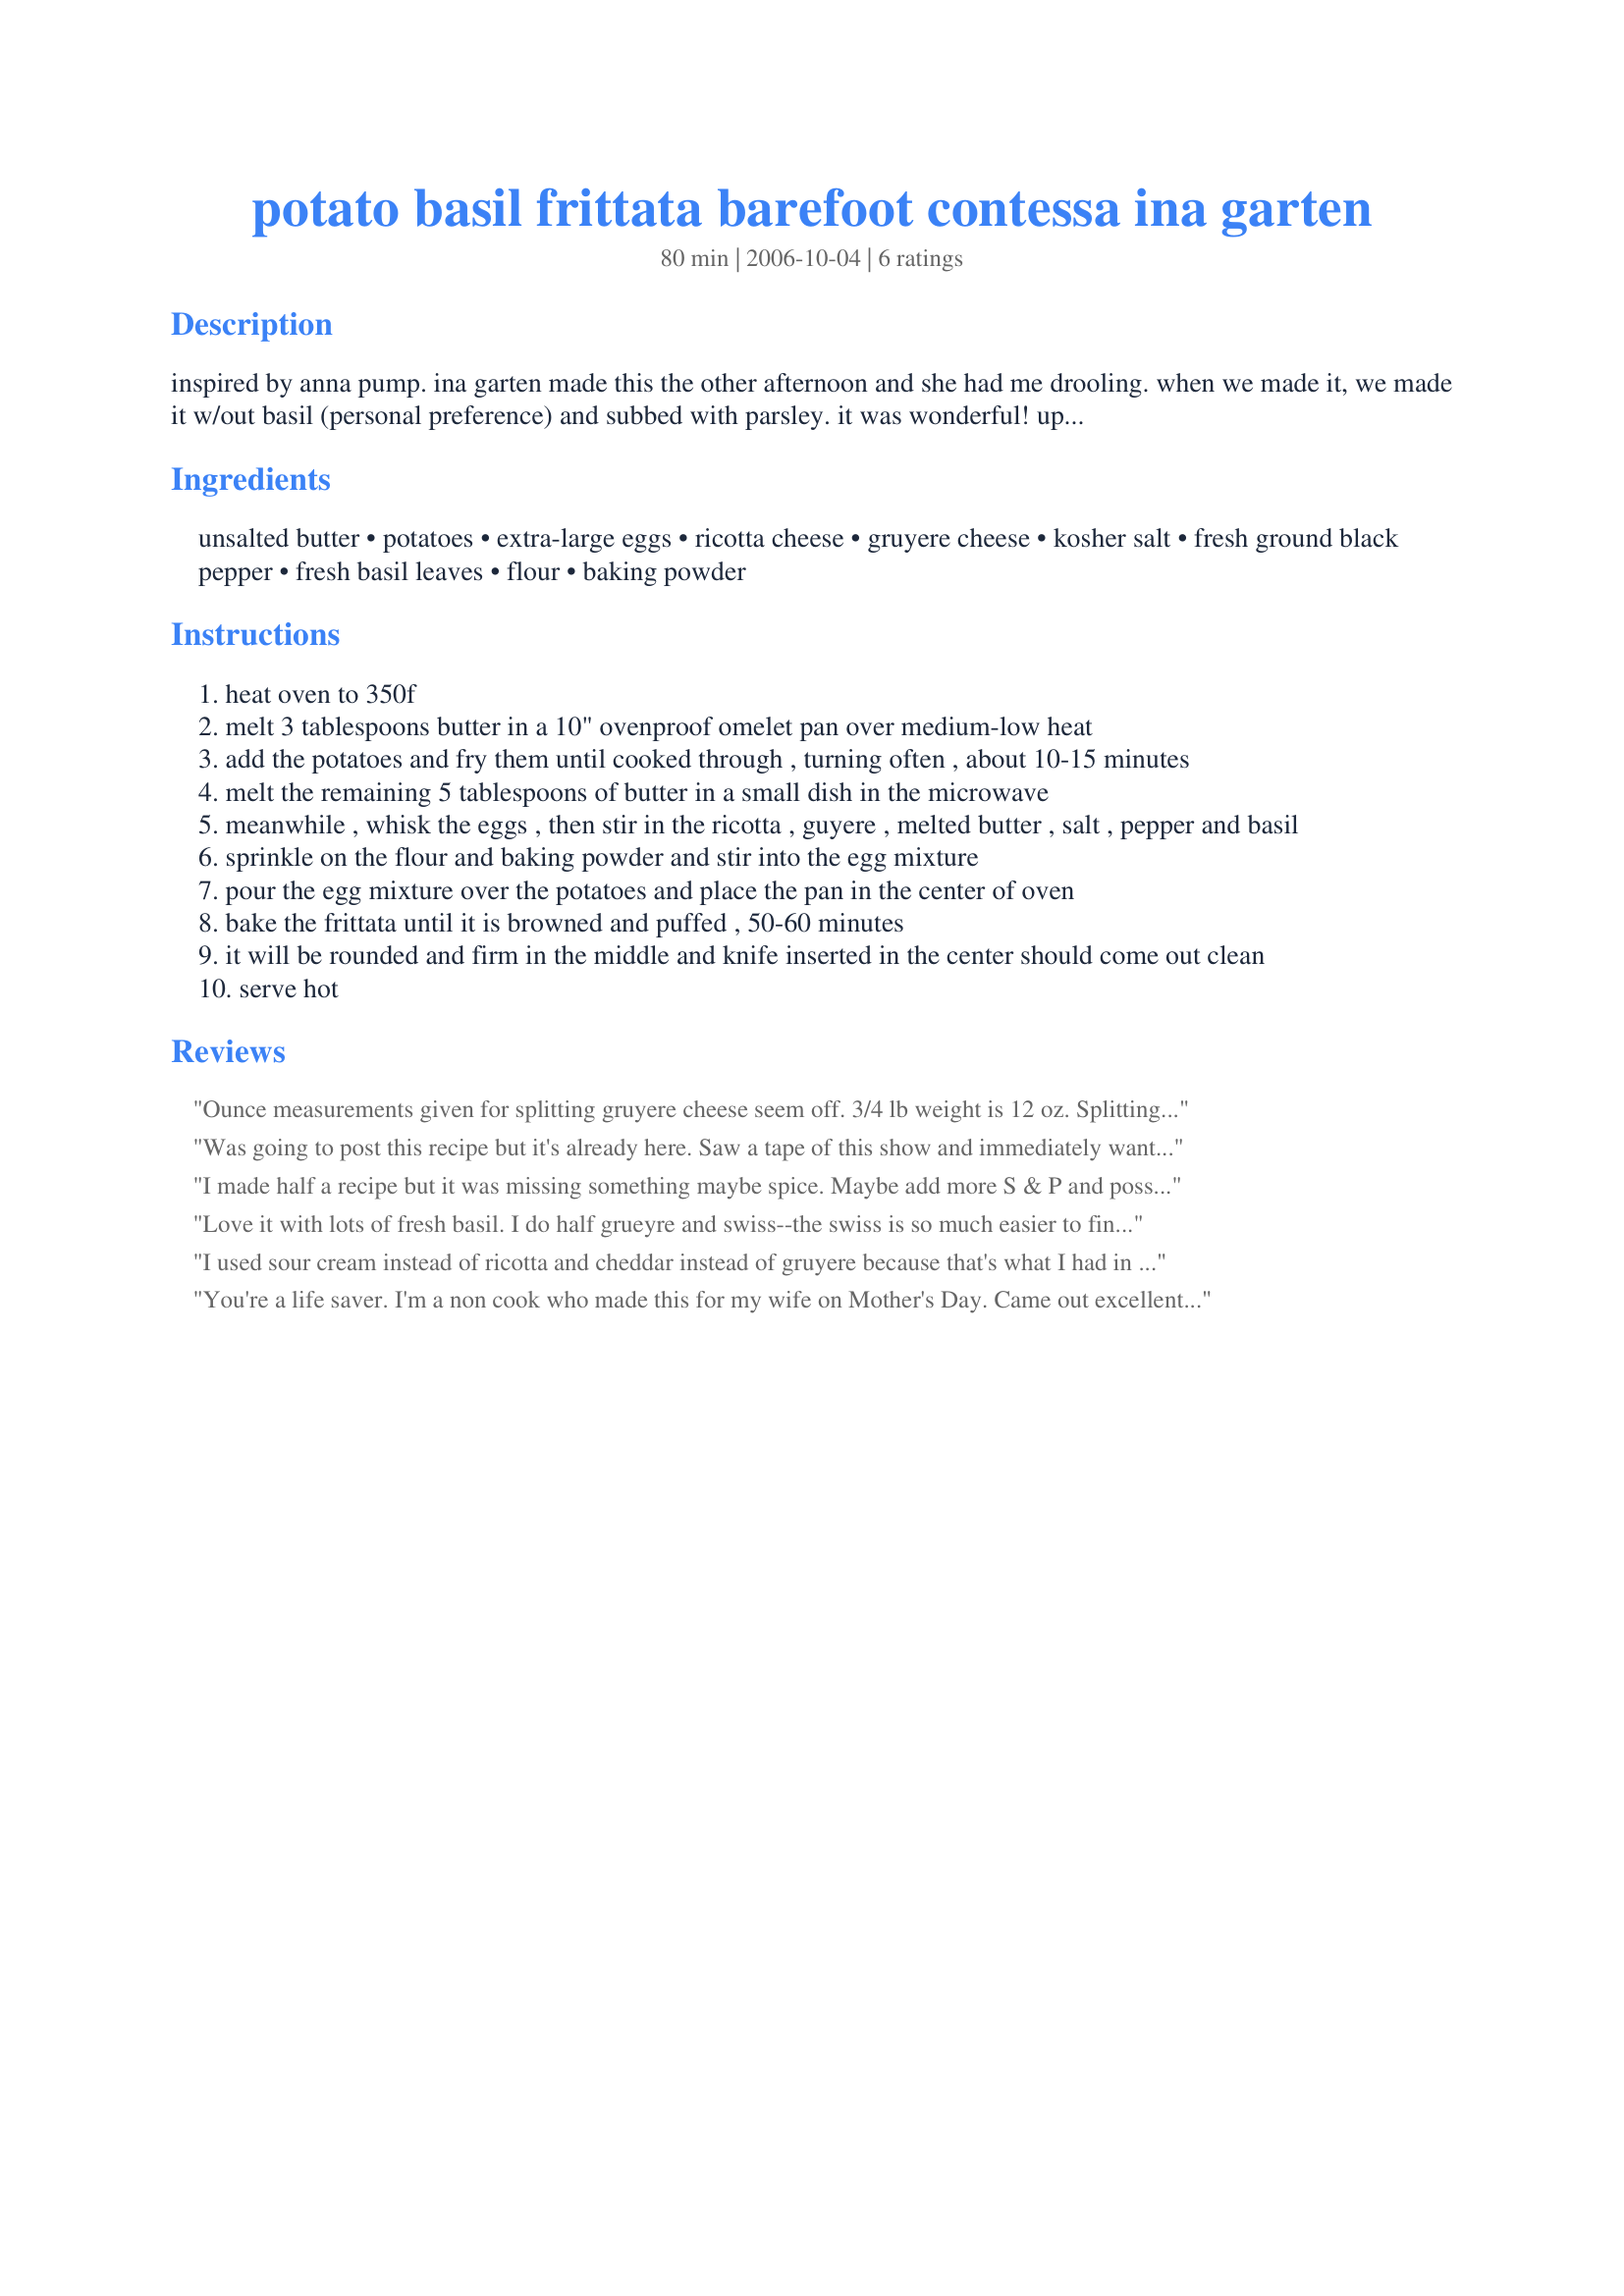
potato basil frittata barefoot contessa ina garten
Preparation time: 80 minutes

inspired by anna pump. ina garten made this the other afternoon and she had me drooling. when we made it, we made it w/out basil (personal preference) and subbed with parsley. it was wonderful! update - 06/28/09: have been meaning to add this for quite some time - since i am not a basil lover i have been experimenting because i felt it needed something too! i added 5 oz of cottage cheese and 12 oz of ricotta, & added crushed red pepper flakes, to taste and it made it very good indeed! i imagine when you use the fresh basil with its wonderful aroma & taste - you may not need to make this slight change. also, tried using less yolks & increased the amount of whites but that was for a certain somebody & have only done it once! ;) i don't like taking a recipe apart but i still maintain that a lot of these changes we are forced to make - circumstances are different for everyone. i have also made this with sharp cheddar - delicious!

Ingredients:
unsalted butter, potatoes, extra-large eggs, ricotta cheese, gruyere cheese, kosher salt, fresh ground black pepper, fresh basil leaves, flour, baking powder

Steps:
heat oven to 350f
melt 3 tablespoons butter in a 10" ovenproof omelet pan over medium-low heat
add the potatoes and fry them until cooked through , turning often , about 10-15 minutes
melt the remaining 5 tablespoons of butter in a small dish in the microwave
meanwhile , whisk the eggs , then stir in the ricotta , guyere , melted butter , salt , pepper and basil
sprinkle on the flour and baking powder and stir into the egg mixture
pour the egg mixture over the potatoes and place the pan in the center of oven
bake the frittata until it is browned and puffed , 50-60 minutes
it will be rounded and firm in the middle and knife inserted in the center should come out clean
serve hot

Reviews:
Ounce measurements given for splitting gruyere cheese seem off. 3/4 lb weight is 12 oz. Splitting that would be 6 oz. of each cheese.
Was going to post this recipe but it's already here. Saw a tape of this show and immediately wanted to taste this delicious frittata. Made almost as is: less butter and salt (not needed) and used mozzarella/cheddar mix in place of gruyere because that's what I had. This is a delicious frittata and the basil made it so fragrant, you are drooling as it cooks. The only thing I found as opposed to other frittatas, this one is not good cold, just MHO. Thanks for sharing! I would also like to add that although I thought it wasn't good cold, it does reheat nicely for lunch the next day.
I made half a recipe but it was missing something maybe spice. Maybe add more S & P and possibly red pepper flakes and garlic. Mine was over done at 45 min. so will cook less next time.
Love it with lots of fresh basil. I do half grueyre and swiss--the swiss is so much easier to find and less expensive.
I used sour cream instead of ricotta and cheddar instead of gruyere because that's what I had in the refrig. Otherwise I followed the recipe. I really liked it but DH said something was missing. He still gave it 4 stars and made sure it was in the brunch recipe rotation. Next time I'll make it with the gruyere cheese. that's probably what is missing.
You're a life saver. I'm a non cook who made this for my wife on Mother's Day. Came out excellent. Thank you!
